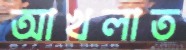
আখলাত